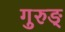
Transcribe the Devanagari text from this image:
गुरुङ्‌